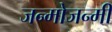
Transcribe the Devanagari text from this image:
जन्मोजन्मी